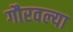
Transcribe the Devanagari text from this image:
गौरवल्या